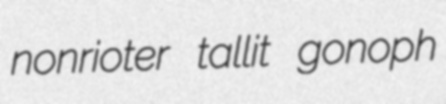
nonrioter tallit gonoph